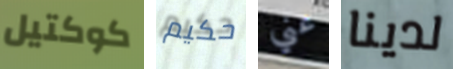
كوكتيل حكيم عني لدينا